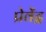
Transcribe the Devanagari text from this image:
प्रेवेंद्र